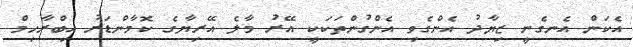
އެކަން އެނގެނީ ޒިޔާދު އެންގެވި އެންގުންތަކަކީ އޭރު މާލެ އޭރިޔާގެ ކޮމާންޑަރު އިބްރާހިމް